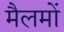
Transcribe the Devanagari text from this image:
मैलमों